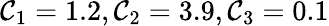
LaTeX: \mathcal{C}_{1}=1.2,\mathcal{C}_{2}=3.9,\mathcal{C}_{3}=0.1